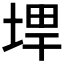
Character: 𪣨